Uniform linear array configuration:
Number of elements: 12
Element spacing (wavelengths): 1
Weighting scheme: hamming
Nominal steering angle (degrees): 0
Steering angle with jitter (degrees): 0.4913
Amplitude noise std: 0.05
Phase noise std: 0.05

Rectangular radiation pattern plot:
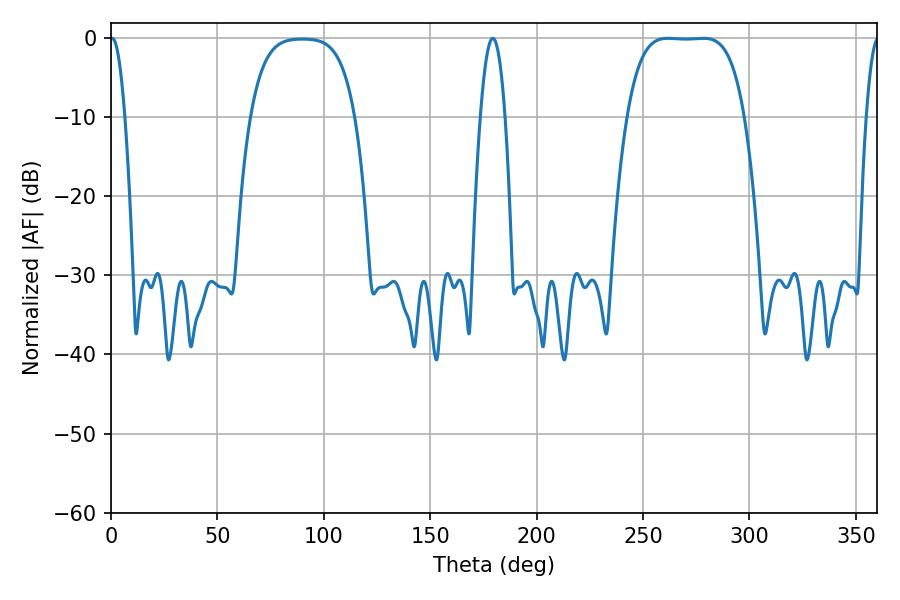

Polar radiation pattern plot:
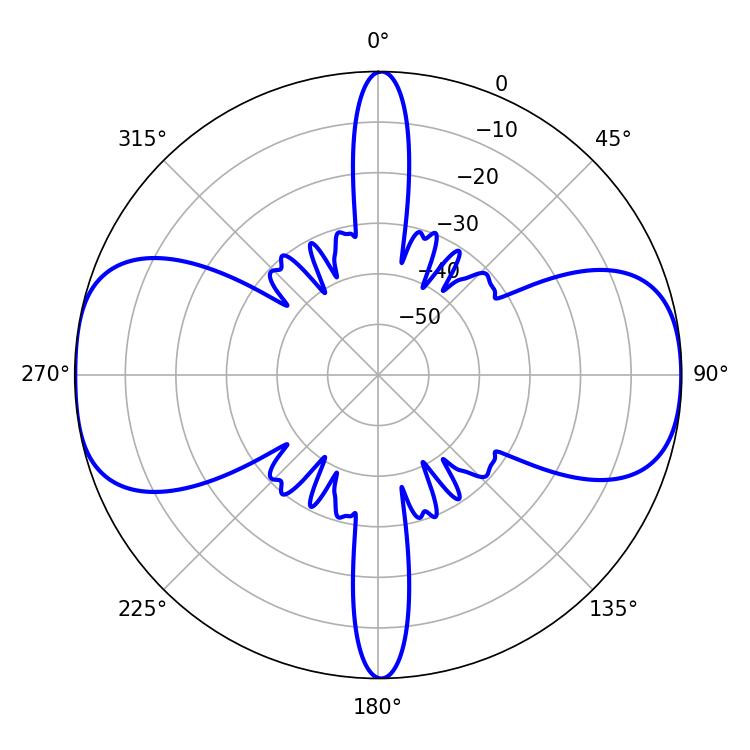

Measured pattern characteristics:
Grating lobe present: TRUE
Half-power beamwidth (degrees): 42.12
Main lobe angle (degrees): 261.72